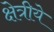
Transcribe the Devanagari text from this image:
क्षेत्रीये